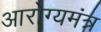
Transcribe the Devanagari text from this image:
आरोग्यमंत्र